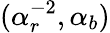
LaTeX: (\alpha_{r}^{-2},\alpha_{b})